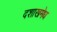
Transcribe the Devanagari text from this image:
दशाखमेध